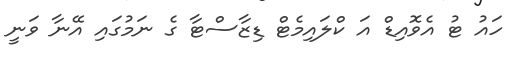
ހައު ޓު އެވޮއިޑް އަ ކްލައިމެޓް ޑިޒާސްޓާ ގެ ނަމުގައި އޭނާ ވަނީ